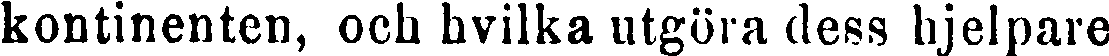
kontinenten, och hvilka utgöra dess hjelpare